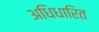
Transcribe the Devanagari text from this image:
अधिधारित